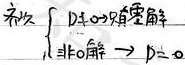
补 充
$\left\{\begin{array}{l} D\neq 0,有唯一解\\ 非 齐 解\Rightarrow D = 0\end{array}\right.$